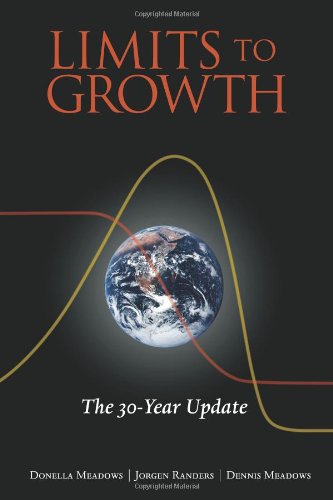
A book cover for Limits to Growth: The 30-Year Update; Donella H. Meadows; Business & Money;